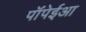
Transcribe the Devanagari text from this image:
पॉंपेईआ